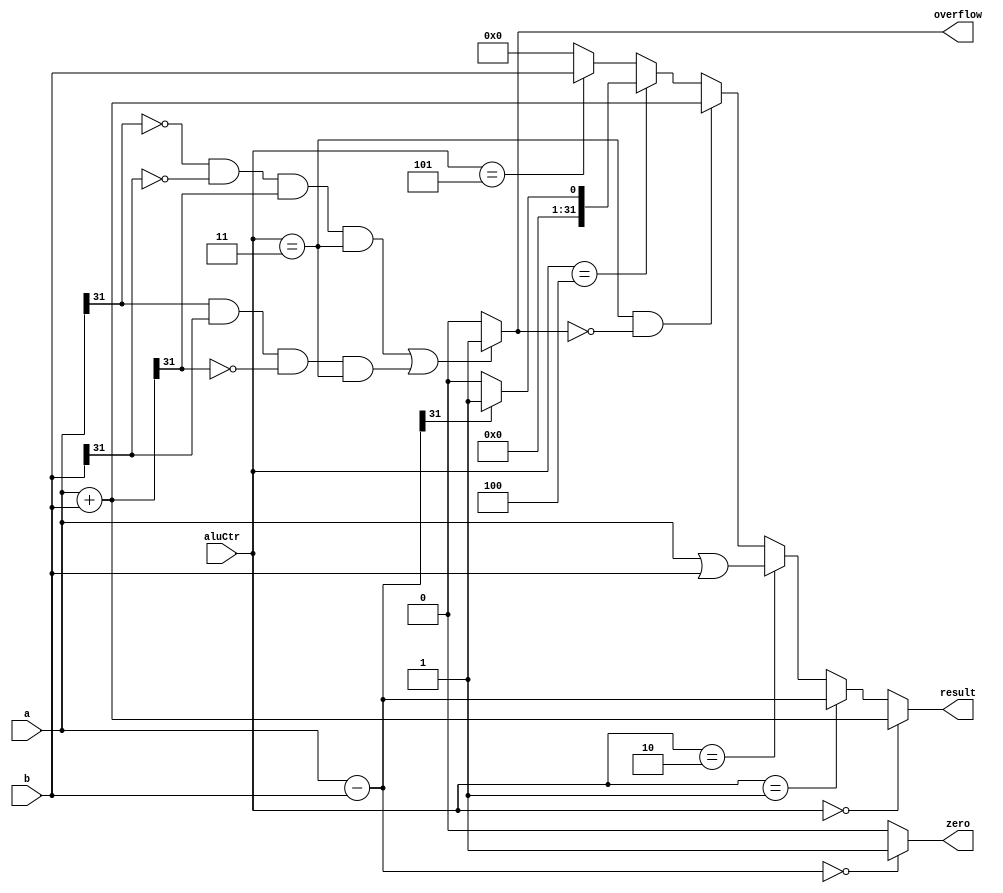
module alu(a, b, aluCtr, result, zero, overflow);
  input [31:0] a, b;
  input [2:0] aluCtr;
  output [31:0] result;
  output zero;
  output overflow;
  
  wire [31:0] addR = a + b;  // check addi overflow, 33 bits
  wire [31:0] subR = a - b;
  
  
  // 000 - addu / addiu / lw_addr / sw_addr
  // 001 - subu
  // 010 - ori
  // 011 - addi
  // 100 - slt
  // 101 - lui
  
  assign overflow = (a[31] == 0 && b[31] == 0 && addR[31] == 1 && aluCtr == 3'b011) 
                    || (a[31] == 1 && b[31] == 1 && addR[31] == 0 && aluCtr == 3'b011) ? 1 : 0;
  assign result = 
    (aluCtr == 3'b000) ? addR[31:0]:
    (aluCtr == 3'b001) ? subR:
    (aluCtr == 3'b010) ? a | b:
    (aluCtr == 3'b011 && overflow == 0) ? addR[31:0]:
    (aluCtr == 3'b100) ? (subR[31] == 1)? 1:0:
    (aluCtr == 3'b101) ? b : 0;
  assign zero = subR == 0 ? 1 : 0;
  
endmodule